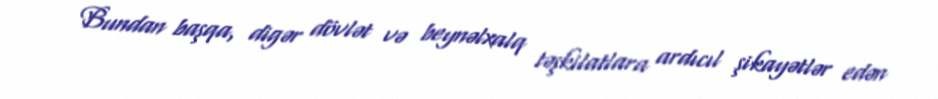
Bundan başqa, digər dövlət və beynəlxalq təşkilatlara ardıcıl şikayətlər edən